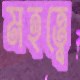
মহত্ত্বে